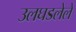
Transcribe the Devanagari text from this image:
उलघडलेले